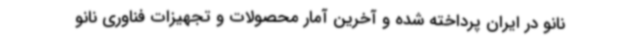
نانو در ایران پرداخته شده و آخرین آمار محصولات و تجهیزات فناوری نانو